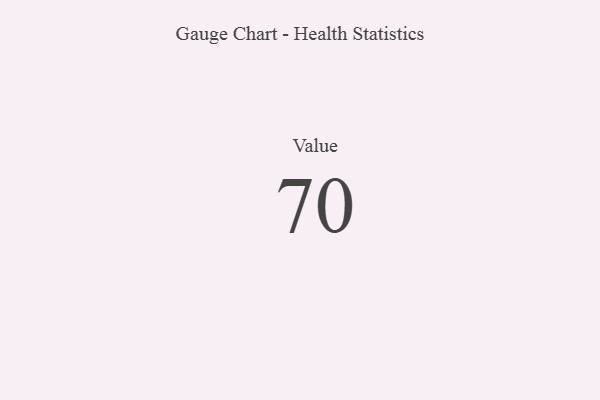
{"axis": {"x": "Metric", "y": "Value"}, "legend": [""], "data": [{"x": "Value", "y": 70, "type": ""}]}